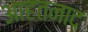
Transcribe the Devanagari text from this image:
आहतनाद